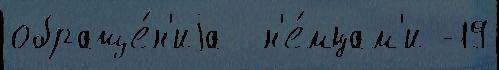
обраще́н'иjа  н'е́мцам'и -19